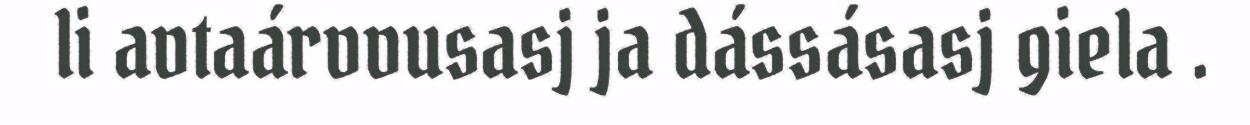
li avtaárvvusasj ja dássásasj giela .